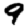
Digit: 9